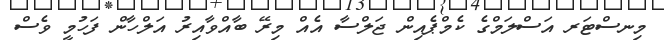
މިނސްޓަރ އަސްލަމްގެ ކެމްޕެއިން ޖަލްސާ އެއް މިރޭ ބާއްވާއިރު އަލްހާން ފަހުމީ ވެސް